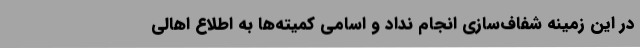
در این زمینه شفاف‌سازی انجام نداد و اسامی کمیته‌ها به اطلاع اهالی